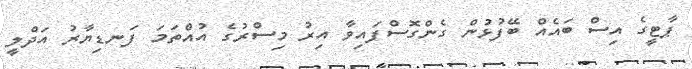
ޕާޓީގެ އިސް ބައެއް ބޭފުޅުން ގެންގޮސްފައިވާ އިރު މިސްރުގެ އުއްތަމަ ފަނޑިޔާރު އަދްލީ